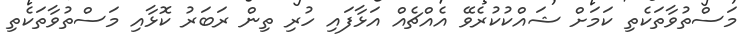
މަސްތުވާތަކެތި ކަމަށް ޝައްކުކުރެވޭ އެއްޗެއް އަޅާފައި ހުރި ތިން ރަބަރު ކޮޅާއި މަސްތުވާތަކެތި